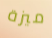
ميزة